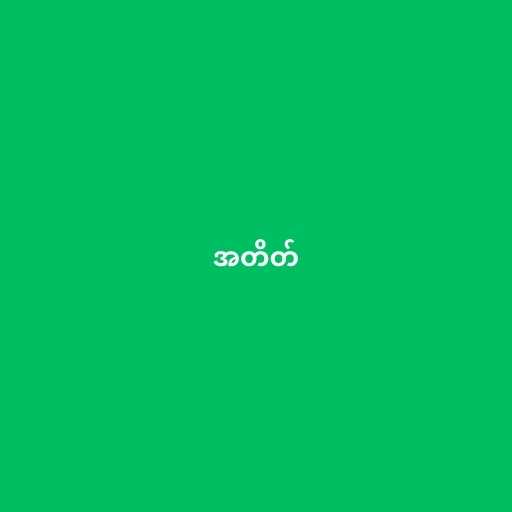
အတိတ်